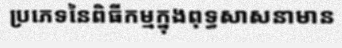
ប្រភេទនៃពិធីកម្មក្នុងពុទ្ធសាសនាមាន